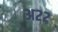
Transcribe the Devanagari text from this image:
अ२२